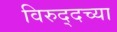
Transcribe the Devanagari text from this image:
विरुद्दच्या